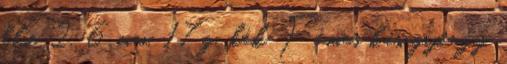
kb.ø 2, 6 mm, 17 g, kék Fémes kásagyöngy,